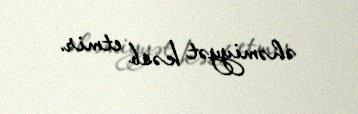
əhəmiyyət kəsb etmir.